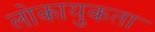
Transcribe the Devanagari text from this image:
लोकायुकता